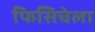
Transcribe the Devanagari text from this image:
फिसिचेला